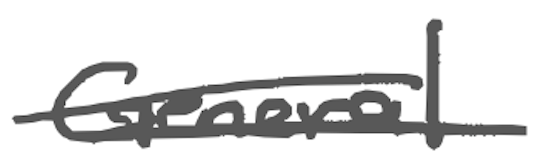
Text: General
Cross-out: double-line
Writing tool: digital_gray